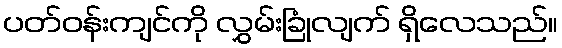
ပတ်ဝန်းကျင်ကို လွှမ်းခြုံလျက် ရှိလေသည်။